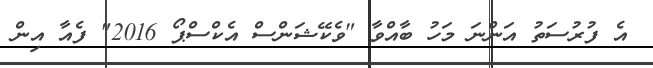
އެ ފުރުސަތު އަންނަ މަހު ބާއްވާ "ވެކޭޝަންސް އެކްސްޕޯ 2016" ފެއާ އިން